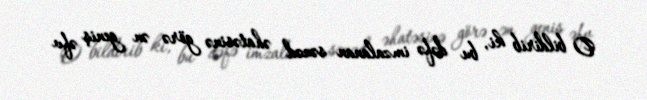
O bildirib ki, bu dəfə imzalanan sənəd əhatəsinə görə ən geniş əfv